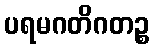
ပရမဂတိဂတဉ္စ